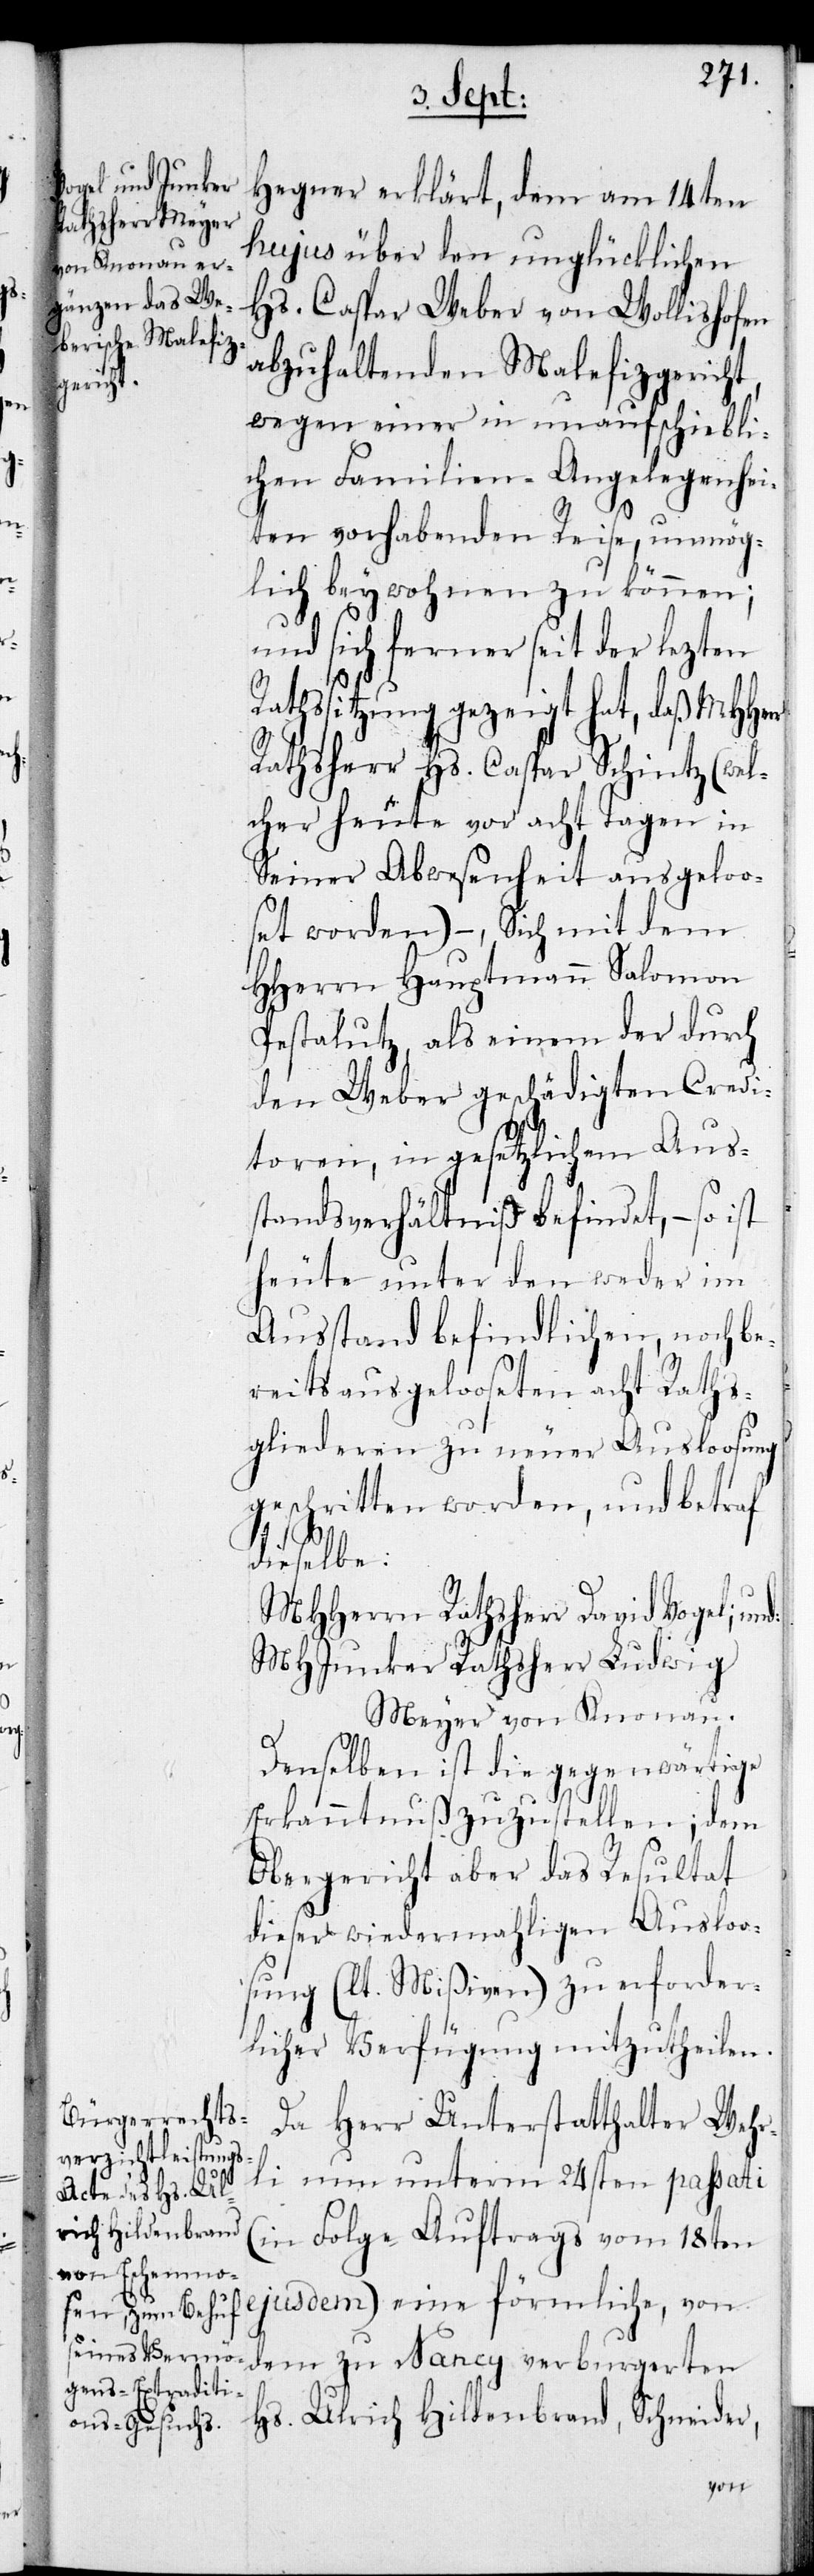
Hegner erklärt, dem vom 14ten
hujus über den unglücklichen
Hs. Caspar Weber von Wollishofen
abzuhaltenden Malefizgericht,
wegen einer in unaufschiebli¬
chen Familien-Angelegenhei¬
ten vorhabenden Reise, unmög¬
lich beywohnen zu können;
und sich ferner seit der lezten
Rathssitzung gezeigt hat, daß MHHerr
Rathsherr Hs. Caspar Schintz (wel¬
cher heute vor acht Tagen in
seiner Abwesenheit ausgeloo¬
set worden) – , Sich mit dem
HHerrn Hauptmann Salomon
Pestalutz, als einem der durch
den Weber geschädigten Credi¬
toren, in gesetzlichem Aus¬
standsverhältniß befindet, – so ist
heute unter den weder im
Ausstand befindlichen, noch be¬
reits ausgelooseten acht Raths¬
gliederen zu neuer Ausloosung
geschritten worden, und betraf
dieselbe:
MHHerrn Rathsherr David Vogel; und
MHJunker Rathsherr Ludwig
Meyer von Knonau.
Denselben ist die gegenwärtige
Erkanntnuß zuzustellen; dem
Obergericht aber das Resultat
dieser wiedermahligen Ausloo¬
sung (lt. Mißiven) zu erforder¬
licher Verfügung mitzutheilen.
Da Herr Unterstatthalter Wehr¬
li nun unterm 24sten passati
(in Folge Auftrags vom 18ten
ejusdem) eine förmliche, von
dem zu Nancy verburgerten
Hs. Ulrich Hildenbrand, Schneider,